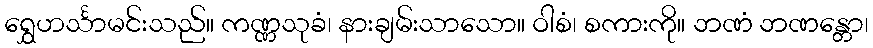
ရွှေဟင်္သာမင်းသည်။ ကဏ္ဏသုခံ၊ နားချမ်းသာသော။ ဝါစံ၊ စကားကို။ ဘဏံ ဘဏန္တော၊